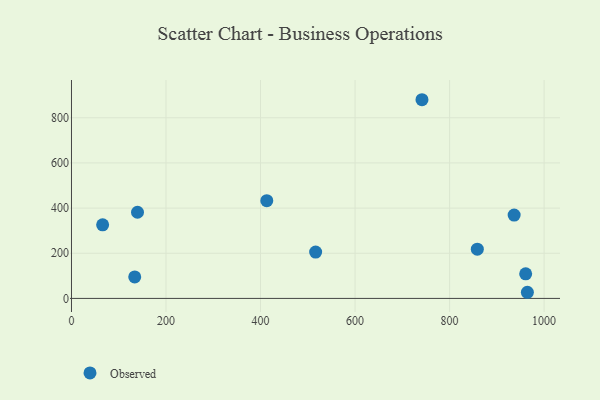
{"axis": {"x": "Experience", "y": "Salary"}, "legend": ["Observed"], "data": [{"x": "413.2", "y": 432.8, "type": "Observed"}, {"x": "139.7", "y": 381.6, "type": "Observed"}, {"x": "936.6", "y": 369.1, "type": "Observed"}, {"x": "741.6", "y": 879.8, "type": "Observed"}, {"x": "964.6", "y": 27.2, "type": "Observed"}, {"x": "961.0", "y": 109.1, "type": "Observed"}, {"x": "858.7", "y": 217.9, "type": "Observed"}, {"x": "65.9", "y": 325.7, "type": "Observed"}, {"x": "516.6", "y": 205.2, "type": "Observed"}, {"x": "133.8", "y": 95.1, "type": "Observed"}]}